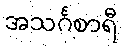
အသင်္ဂစာရီ